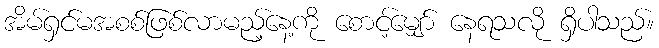
အိမ်ရှင်မအစစ်ဖြစ်လာမည့်နေ့ကို စောင့်မျှော် နေရသလို ရှိပါသည်။